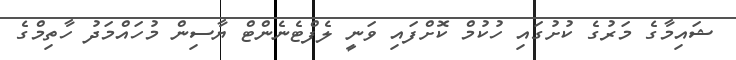
ޝައިމާގެ މަރުގެ ކުށުގައި ހުކުމް ކޮށްފައި ވަނީ ލެފްޓެނެންޓް ޔާސިން މުހައްމަދު ހާތިމްގެ